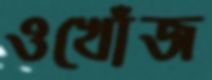
ওখোঁজ